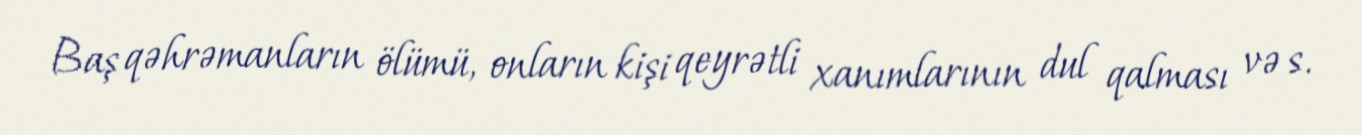
Baş qəhrəmanların ölümü, onların kişi qeyrətli xanımlarının dul qalması və s.